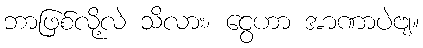
ဘာဖြစ်လို့လဲ သိလား၊ ငွေဟာ အာဏာပဲဗျ။